V__Kingissepa_nim__kolhoos, lk 63
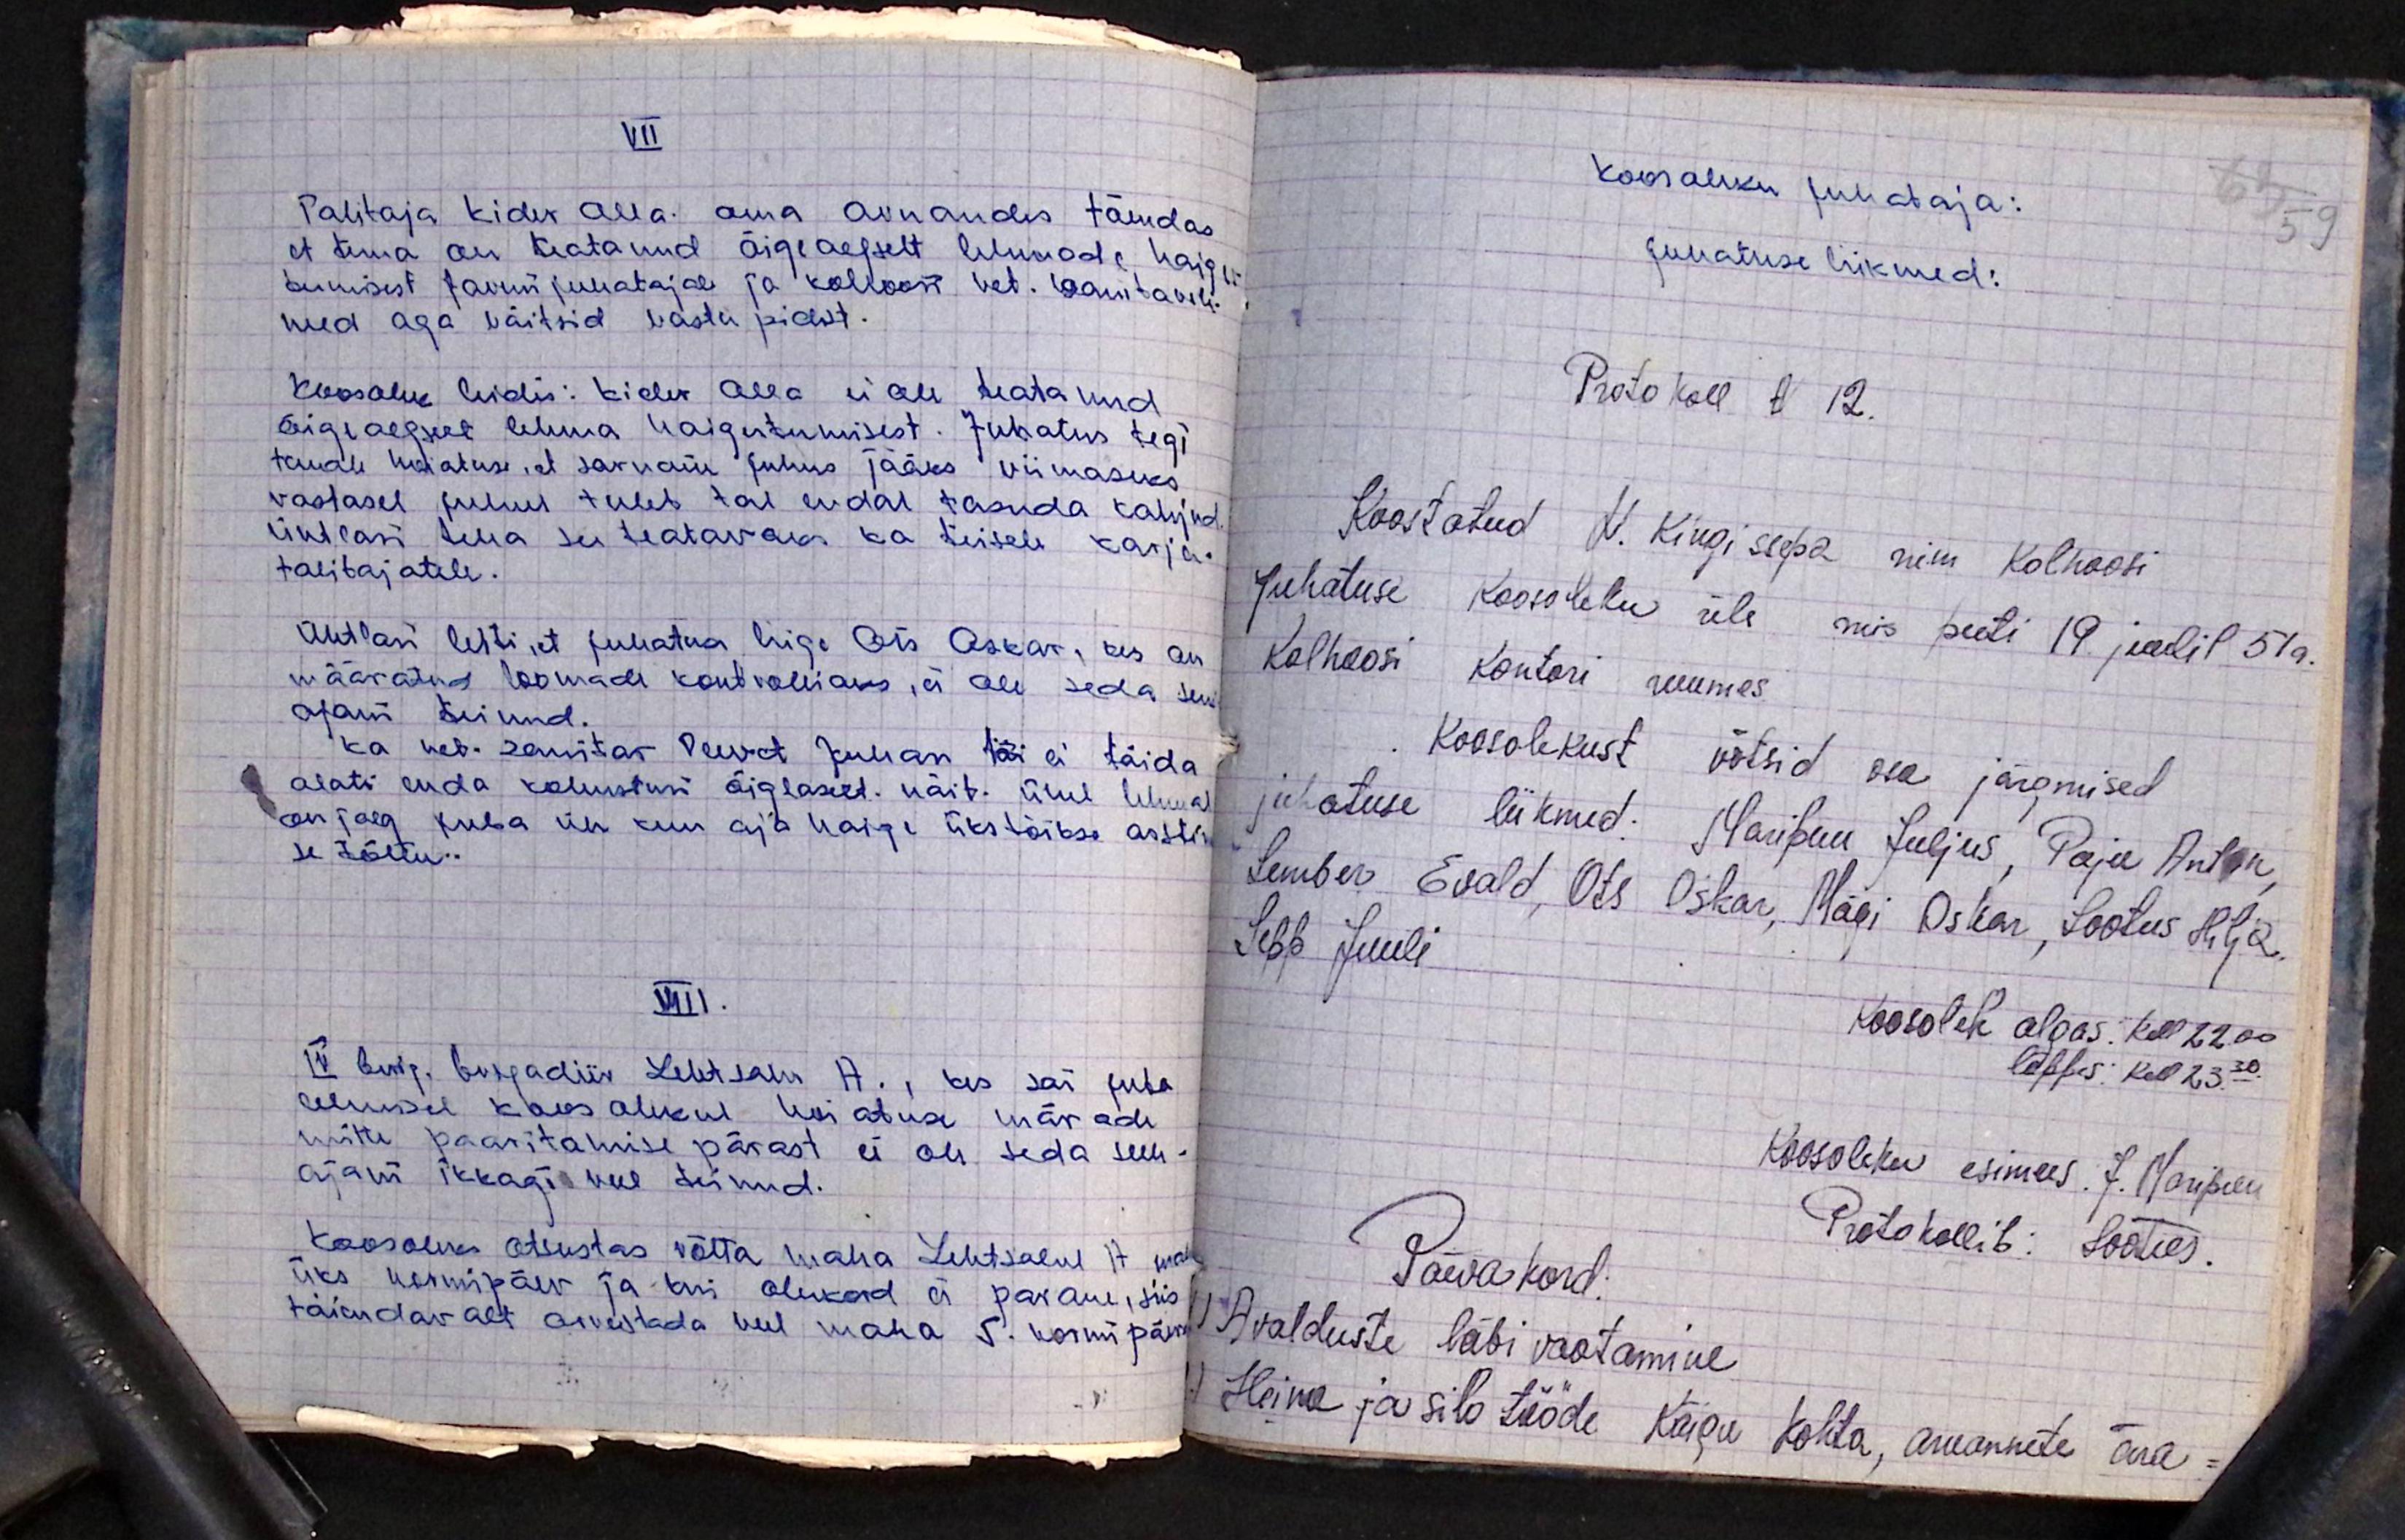
VII
Talitaja Kider Alla oma aruandes tõendas
et tema on teatanud õigeaegselt lehmade haiges-
tumisest farmi juhatajale ja kolhoosi vet. sanitaarle
need aga väitsid vastu pidist.
Koosolek leidis: Kider Alla ei ole teatanud
õigiaegselt lehma haigestumisest. Juhatus tegi
temale hoiatuse, et sarnane juhus jääks viimaseks.
vastasel juhul tuleb tal endal tasuda kahjud
ühtlasi teha see teatavaks ka teistele karja-
talitajatele.
Ühtlasi leiti, et juhatus liige Ots Oskar, kes on
määratud loomade kontrolliaks, ei ole seda seni
ajani teinud.
Ka vet. sanitar veevat Juhan töö ei täida
alati enda kolustusi õiglaselt. näit. ühel lehmal
on jalg juba üle kuu aja haige ükskõikse arstim-
se tõttu.
VIII.
IV brig. brigadiir Lehtsalu A. ,kes sai juba
eelmisel koosolekul hoiatuse märade
mitte paaritamise pärast ei ole seda seni
ajani ikkagi veel teinud.
Koosolek otsustas võtta maha Lehtsalul 17 poolt
üks normipäev ja kui olukord ei parane, siis
täiendavalt arvestada veel maha 5. normipäeva

63 59
Koosoleku juhataja:
juhatuse liikmed:
Protokoll N 12.
Koostatud V. Kingissepa nim. kolhoosi
Juhatuse koosoleku üle mis peeti 19. juulil 51a.
Kolhoosi kontori ruumes.
Koosolekust võtsid osa järgmised
juhatuse liikmed: Maripuu Juljus, Paja Anton
Lember Evald, Ots Oskar, Mägi Oskan, Lootus Hilja,
Sepp Juuli
Koosolek algas, kel 22.00
lõppes kell 23.30
Koosoleku esimees J. Maripuu
Protokollib: Lootus.
Päevakord:
Avalduste läbi vaatamine
Heina ja silo tööde käigu kohta, aruannete ära-